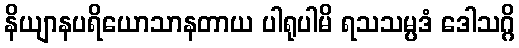
နိယျာနပရိယောသာနတာယ ပါရုပါမိ ရသသမ္ပဒံ ဒေါသဂ္ဂိ